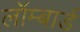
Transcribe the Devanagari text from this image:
लॉम्बार्ड